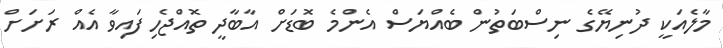
މާލެއަކީ ދުނިޔޭގެ ނިސްބަތުން ބެއްޔަސް އެންމެ ބޮޑަށް އާބާދީ ތޮއްޖެހިފައިވާ އެއް ރަށަށް